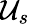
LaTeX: \mathcal{U}_{s}